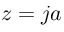
z = j a